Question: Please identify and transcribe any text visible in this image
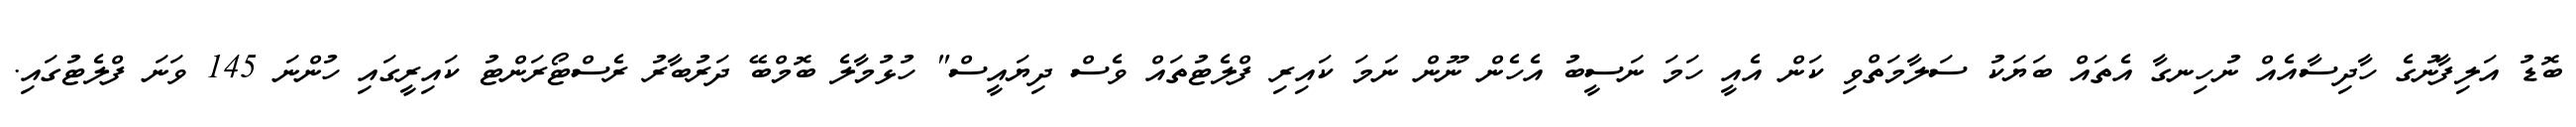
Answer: ބޮޑު އަލިފާނުގެ ހާދިސާއެއް ނުހިނގާ އެތައް ބަޔަކު ސަލާމަތްވި ކަން އެއީ ހަމަ ނަސީބު އެހެން ނޫން ނަމަ ކައިރި ފްލެޓުތައް ވެސް ދިޔައީސް" ހުޅުމާލެ ބޮމްބޭ ދަރުބާރު ރެސްޓޯރަންޓު ކައިރީގައި ހުންނަ 145 ވަނަ ފްލެޓުގައި.